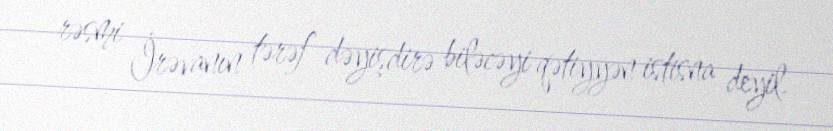
rəsmi İrəvanın tərəf dəyişdirə biləcəyi qətiyyən istisna deyil.